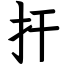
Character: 扞